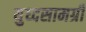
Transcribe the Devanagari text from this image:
युध्दसामग्री